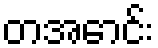
တအောင်း